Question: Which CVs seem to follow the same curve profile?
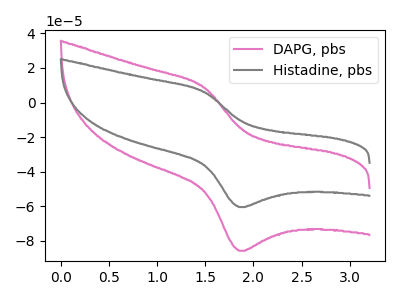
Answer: <think>The pink curve "DAPG, pbs" has an anodic peak at (1.50V, 8.70uA) and a cathodic peak at (1.85V, -85.65uA). The gray curve "Histadine, pbs" has an anodic peak at (1.50V, 6.10uA) and a cathodic peak at (1.85V, -60.40uA).
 All the peaks in "DAPG, pbs" have a peak in "Histadine, pbs" at the same potential. Every peak in "DAPG, pbs" is higher than every peak in "Histadine, pbs".</think>
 <answer>"DAPG, pbs" and "Histadine, pbs" have the same shape and are likely CV's of the same chemical.</answer>
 <eval>"DAPG, pbs" "Histadine, pbs"</eval>